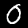
Label: 0